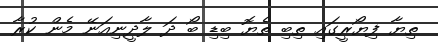
ތިޔާ ފިޔޯރީގައި ތިބި ތެޔޮ ބިޑި ބޯ ދަ ލާދީނިއަނޭ މެން ކުރާ